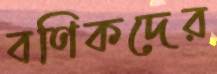
বণিকদের